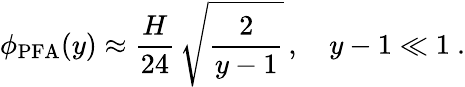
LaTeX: \phi_{\mathrm{PFA}}(y)\approx\frac{H}{24}\, \sqrt{\frac 2{y-1}}\, ,\quad y-1\ll 1~.